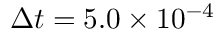
\Delta t = 5 . 0 \times 1 0 ^ { - 4 }